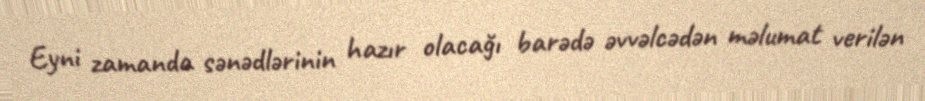
Eyni zamanda sənədlərinin hazır olacağı barədə əvvəlcədən məlumat verilən